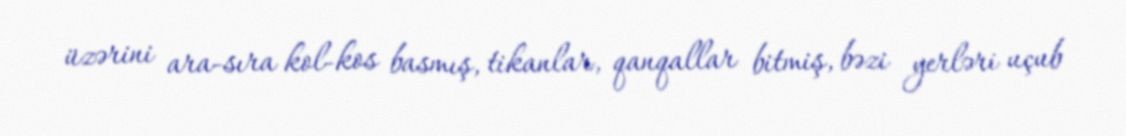
üzərini ara-sıra kol-kos basmış, tikanlar, qanqallar bitmiş, bəzi yerləri uçub